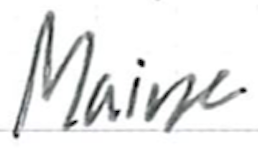
Text: Maine
Cross-out: clean
Writing tool: ballpoint